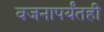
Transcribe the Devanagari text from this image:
वजनापर्यंतही